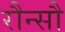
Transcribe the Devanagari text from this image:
रौन्सौ